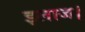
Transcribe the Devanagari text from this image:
इलाज।